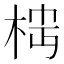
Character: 𬂷